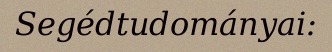
Segédtudományai: